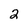
Character: 2